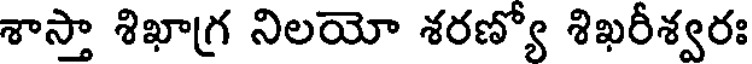
శాస్తా శిఖాగ్ర నిలయో శరణ్యో శిఖరీశ్వరః